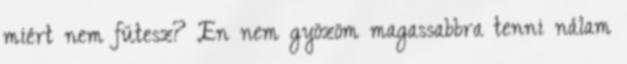
miért nem fütesz? En nem gyözöm magassabbra tenni nálam